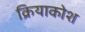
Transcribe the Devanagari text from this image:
क्रियाकोश